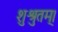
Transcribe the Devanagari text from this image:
शुश्रुतम्।